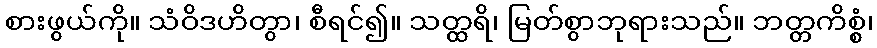
စားဖွယ်ကို။ သံဝိဒဟိတွာ၊ စီရင်၍။ သတ္ထရိ၊ မြတ်စွာဘုရားသည်။ ဘတ္တကိစ္စံ၊